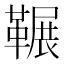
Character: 𮧥